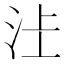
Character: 𱥿